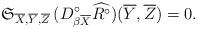
LaTeX: \begin{align*} \mathfrak{S}_{\overline{X},\overline{Y},\overline{Z}}\,(D^{\circ}_{\beta \overline{X}}\widehat{R^{\circ}})(\overline{Y},\overline{Z})=0.\end{align*}